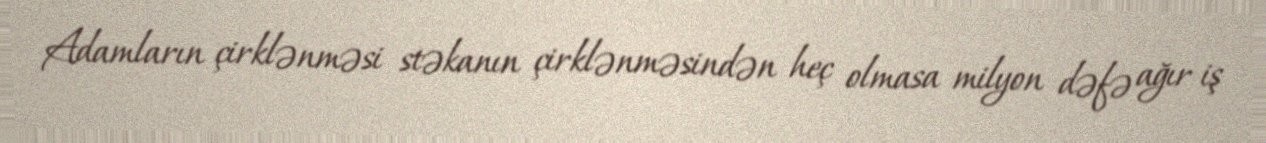
Adamların çirklənməsi stəkanın çirklənməsindən heç olmasa milyon dəfə ağır iş